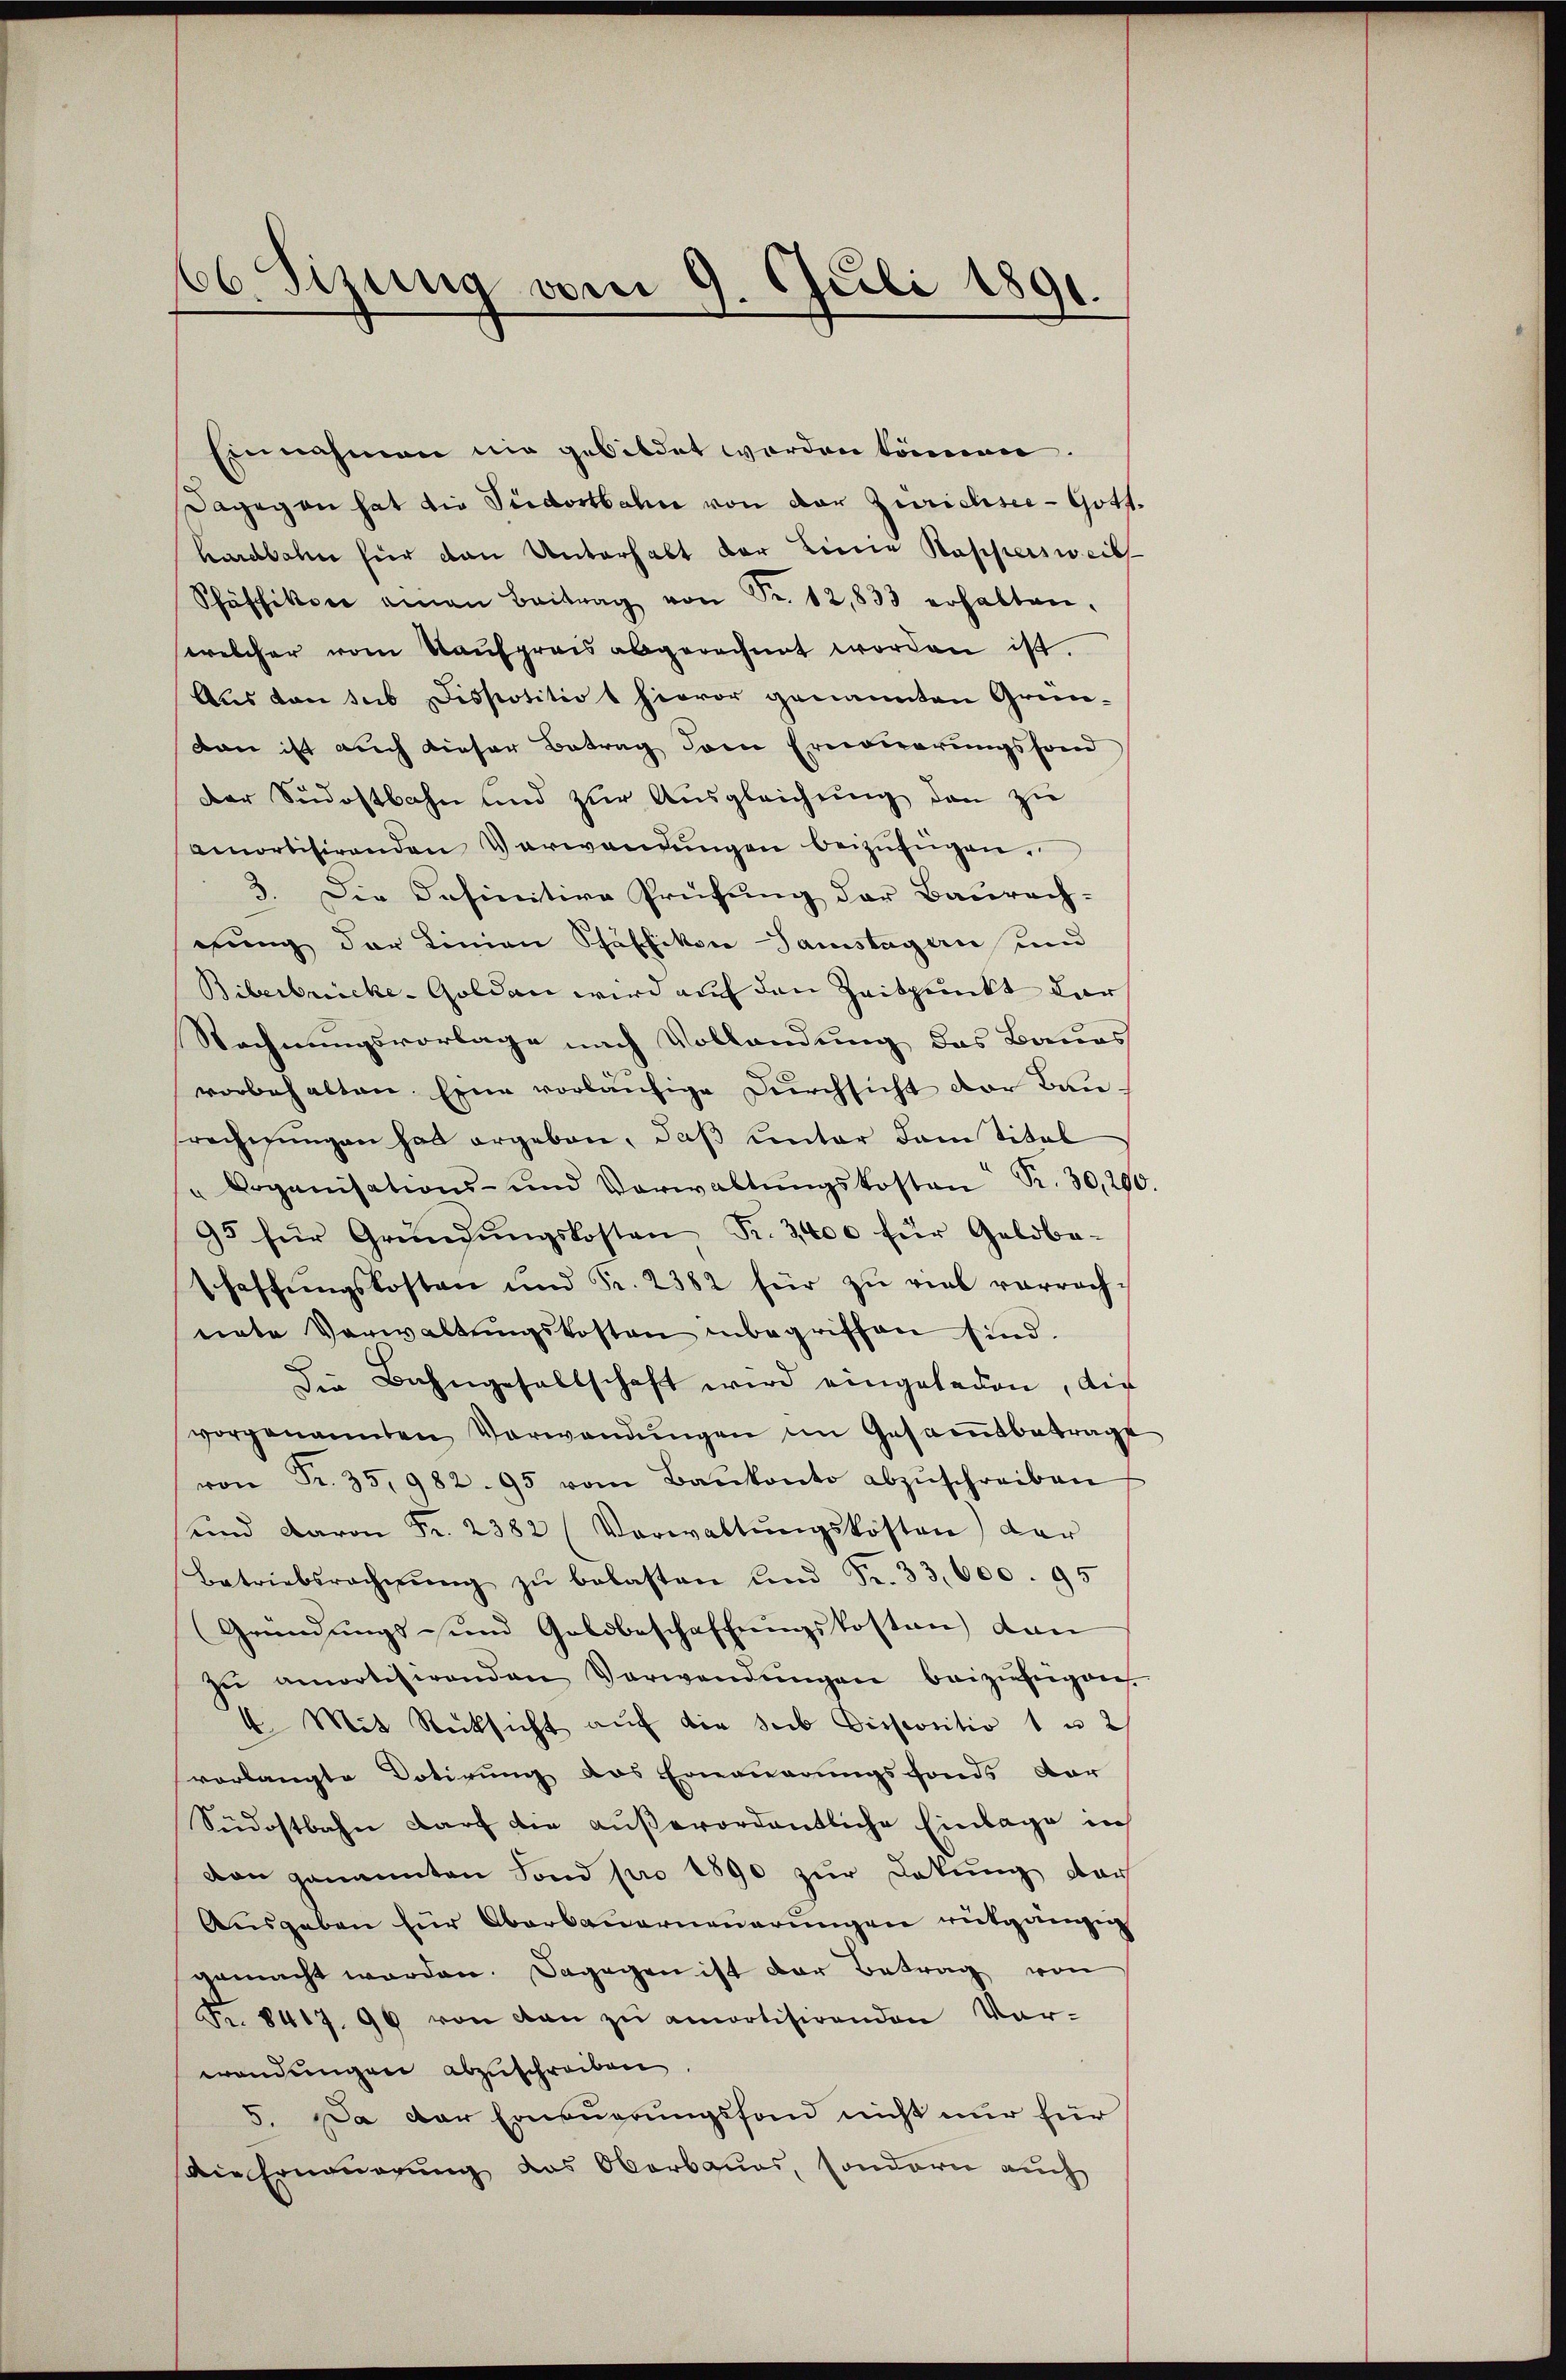
66. Sizung vom 9. Juli 1891.

Einnahmen nie gebildet worden können.
Dagegen hat die Südostbahn von der Zurichsee - Gott.
hardbahn für dan Unterhalt der Linie Kappersweibt
Schäschikon einen Beitrag von Sr. 12,833 erhalten.
welcher vom Kaŭfpreis abgerechnet worden ist.
Aus von sub Dispositios hievor genannten Gründann ist auch dieser Betrag dem Erneuerungsfond
Der Südostbahn und zur Ausgleichung den zu
amortisirenden Verwandŭngen beizufügen.
3. Die Insinitive Prüfung der Baurach-
gung der Linien Schäffikon Samstagen und
Biberbricke-Golden wird auf den Zeitpunkt dar
Rechnungsvorlage nach Vollendung des Baues
vorbehalten Eine vorläŭfige Durchsicht der Baurechnungen hat ergeben, daß unter dem Titel
" Doganisations- und Verwaltŭngskosten R. 30,200
95 für Gründŭngskosten K. 3400 für Geldba-
schaffŭngskosten und Fr. 2382 für zu viel vorrachnete Verwaltŭngskosten inbegriffen sind.
Die Bahngesellschaft wird eingeladen, die
vorgenannten Verwandŭngen im Gesamtbetrage
von Fr. 35, 982. 95 vom Baŭkonto abzŭschreiben
und davon Fr. 2382 (Verwaltŭngskosten) der
Betriebsrechnŭng zŭ belasten und Fr. 33,600. 95
(Gründungs- und Goldbeschaffungskosten dan
zŭ amortisirenden Verwendŭngen beizungen.
4 Mit Rücksicht auf die Stib Dispositio 1 u 2
vorlangte Dotirung das Erneuerungsfonds dar
Südostbahn darf die außerordentliche Einlage in
von genannten Fond pro 1890 zur Dekŭng der
Aŭsgaben für Oberbauerneuerungen rütgängig
gemacht worden. Dagegen ist der Betrag von
Fr. 8417. 96 von den zŭ amortisirenden Vor-
wendungen abzuschreiben
5. Da der Erneuerungsfand nicht nur für
die Erneuerung des Oberbaues, sondern auch